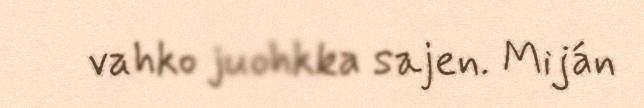
vahko juohkka sajen. Miján